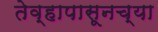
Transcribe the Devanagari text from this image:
तेव्हापासूनच्या